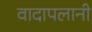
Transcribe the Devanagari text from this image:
वादापलानी